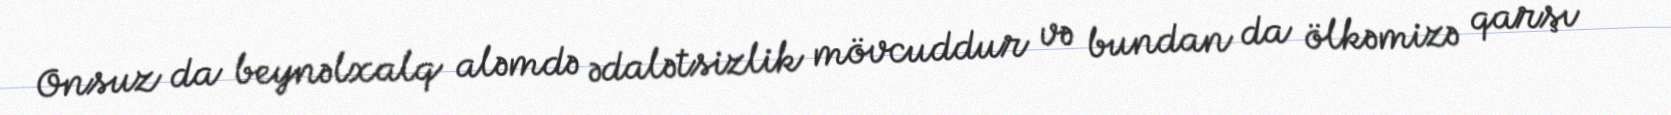
Onsuz da beynəlxalq aləmdə ədalətsizlik mövcuddur və bundan da ölkəmizə qarşı